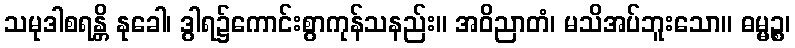
သမုဒါစရန္တိ နုခေါ၊ ဒွါရ၌ကောင်းစွာကုန်သနည်း။ အဝိညာတံ၊ မသိအပ်ဘူးသော။ ဓမ္မဉ္စ၊